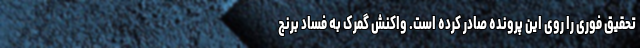
تحقیق فوری را روی این پرونده صادر کرده است. واکنش گمرک به فساد برنج